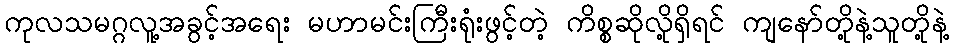
ကုလသမဂ္ဂလူ့အခွင့်အရေး မဟာမင်းကြီးရုံးဖွင့်တဲ့ ကိစ္စဆိုလို့ရှိရင် ကျနော်တို့နဲ့သူတို့နဲ့